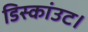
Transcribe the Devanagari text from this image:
डिस्कांउट।